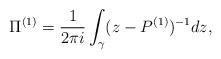
LaTeX: \begin{align*} \Pi^{(1)} = \frac{1}{2 \pi i} \int_\gamma ( z - P^{(1)} )^{- 1} d z ,\end{align*}